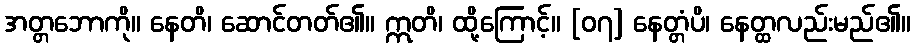
အတ္တဘောကို။ နေတိ၊ ဆောင်တတ်၏။ ဣတိ၊ ထို့ကြောင့်။ [၀၇] နေတ္တံပိ၊ နေတ္ထလည်းမည်၏။